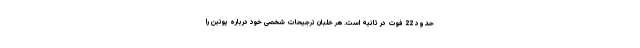
حدود 22 فوت در ثانیه است. هر خلبان ترجیحات شخصی خود درباره پوتین را